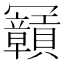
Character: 𠖫